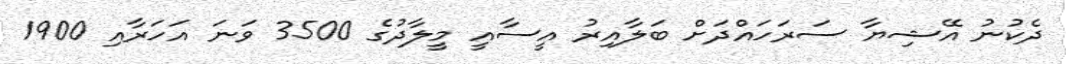
ދެކުނު އޭޝިޔާ ސަރަހައްދަށް ބަލާއިރު އީސާއީ މީލާދުގެ 3500 ވަނަ އަހަރާއި 1900